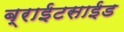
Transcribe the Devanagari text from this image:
ब्राईटसाईड